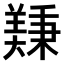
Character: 𫅚